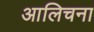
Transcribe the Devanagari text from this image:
आलिचना